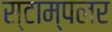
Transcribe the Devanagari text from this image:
स्टाम्पलर